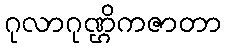
ဂုလာဂုဏ္ဌိကဇာတာ